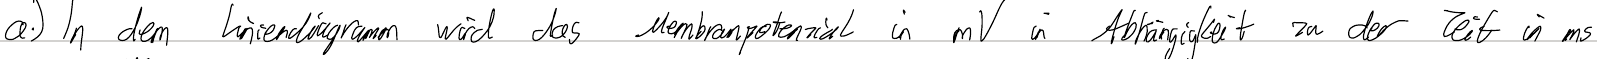
1.) In dem Liniendiagramm wird das Membranpotenzial in mV in Abhängigkeit zu der Zeit in ms